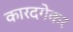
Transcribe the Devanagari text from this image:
कारदगेकर